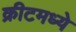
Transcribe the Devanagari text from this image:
क्रीटमध्ये